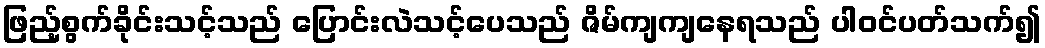
ဖြည့်စွက်ခိုင်းသင့်သည် ပြောင်းလဲသင့်ပေသည် ဇိမ်ကျကျနေရသည် ပါဝင်ပတ်သက်၍